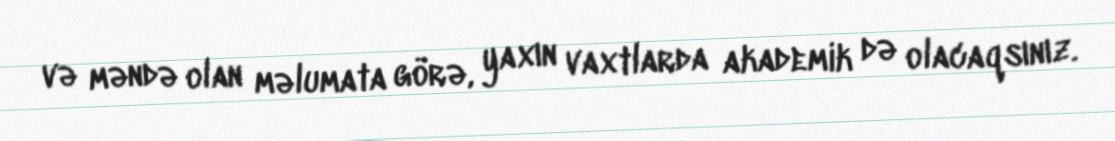
və məndə olan məlumata görə, yaxın vaxtlarda akademik də olacaqsınız.